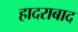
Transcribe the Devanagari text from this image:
हादराबाद